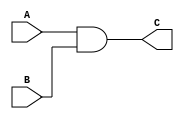
module andf(A,B,C);
    input A,B;
    output C;
    assign C=A&B;
endmodule